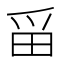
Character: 𪽋